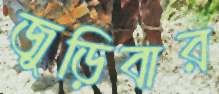
জুড়িবার